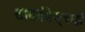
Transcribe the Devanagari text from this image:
लाखांपेक्षाही